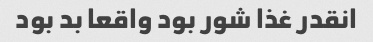
انقدر غذا شور بود واقعا بد بود